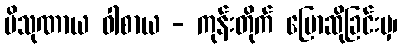
ပိသုဏာယ ဝါစာယ - ကုန်းတိုက် ပြောဆိုခြင်းမှ၊